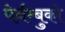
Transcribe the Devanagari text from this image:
पेर्नम्बुको